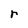
Character: r